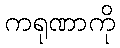
ကရုဏာကို